Vaccine operations Central Provinces & Berar 1912-1920 - 1912-1920
Year: 1912
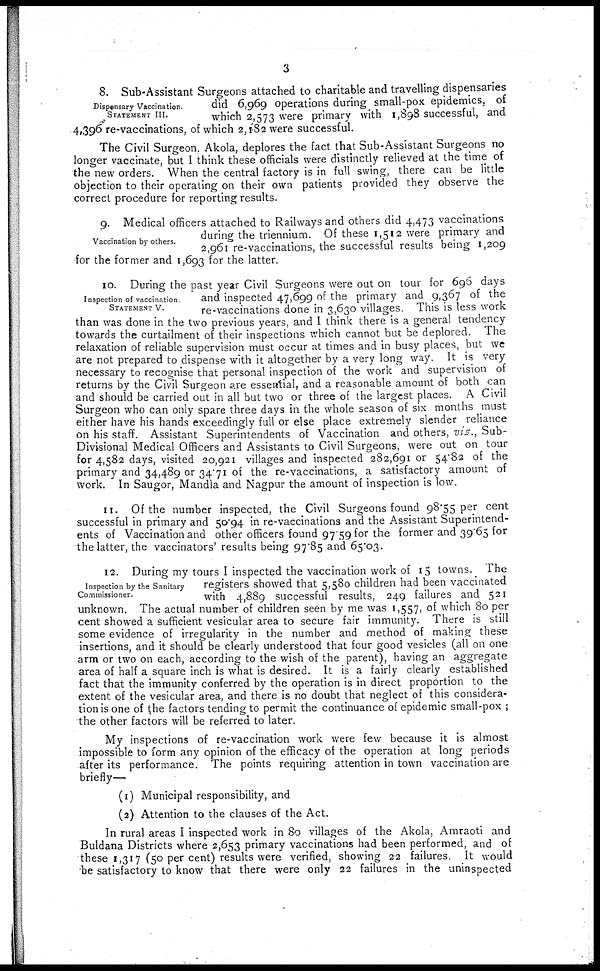
3
Dispensary Vaccination.
STATEMENT III.
8. Sub-Assistant Surgeons attached to charitable and travelling dispensaries
did 6,969 operations during small-pox epidemics, of
which 2,573 were primary with 1,898 successful, and
4,396 re-vaccinations, of which 2,182 were successful.
The Civil Surgeon. Akola, deplores the fact that Sub-Assistant Surgeons no
longer vaccinate, but I think these officials were distinctly relieved at the time of
the new orders. When the central factory is in full swing, there can be little
objection to their operating on their own patients provided they observe the
correct procedure for reporting results.
Vaccination by others.
9. Medical officers attached to Railways and others did 4,473 vaccinations
during the triennium. Of these 1,512 were primary and
2,961 re-vaccinations, the successful results being 1,209
for the former and 1,693 for the latter.
Inspection of vaccination.
STATEMENT V.
10. During the past year Civil Surgeons were out on tour for 696 days
and inspected 47,699 of the primary and 9,367 of the
re-vaccinations done in 3,630 villages. This is less work
than was done in the two previous years, and I think there is a general tendency
towards the curtailment of their inspections which cannot but be deplored. The
relaxation of reliable supervision must occur at times and in busy places, but we
are not prepared to dispense with it altogether by a very long way. It is very
necessary to recognise that personal inspection of the work and supervision of
returns by the Civil Surgeon are essential, and a reasonable amount of both can
and should be carried out in all but two or three of the largest places. A Civil
Surgeon who can only spare three days in the whole season of six months must
either have his hands exceedingly full or else place extremely slender reliance
on his staff. Assistant Superintendents of Vaccination and others, viz., Sub-
Divisional Medical Officers and Assistants to Civil Surgeons, were out on tour
for 4,582 days, visited 20,921 villages and inspected 282,691 or 54.82 of the
primary and 34,489 or 34.71 of the re-vaccinations, a satisfactory amount of
work. In Saugor, Mandla and Nagpur the amount of inspection is low.
11. Of the number inspected, the Civil Surgeons found 98.55 per cent
successful in primary and 50.94 in re-vaccinations and the Assistant Superintend-
ents of Vaccination and other officers found 97.59 for the former and 39.65 for
the latter, the vaccinators' results being 97.85 and 65.03.
Inspection by the Sanitary
Commissioner.
12. During my tours I inspected the vaccination work of 15 towns. The
registers showed that 5,580 children had been vaccinated
with 4,889 successful results, 249 failures and 521
unknown. The actual number of children seen by me was 1,557, of which 80 per
cent showed a sufficient vesicular area to secure fair immunity. There is still
some evidence of irregularity in the number and method of making these
insertions, and it should be clearly understood that four good vesicles (all on one
arm or two on each, according to the wish of the parent), having an aggregate
area of half a square inch is what is desired. It is a fairly clearly established
fact that the immunity conferred by the operation is in direct proportion to the
extent of the vesicular area, and there is no doubt that neglect of this considera-
tion is one of the factors tending to permit the continuance of epidemic small-pox ;
the other factors will be referred to later.
My inspections of re-vaccination work were few because it is almost
impossible to form any opinion of the efficacy of the operation at long periods
after its performance. The points requiring attention in town vaccination are
briefly—
(1) Municipal responsibility, and
(2) Attention to the clauses of the Act.
In rural areas I inspected work in 80 villages of the Akola, Amraoti and
Buldana Districts where 2,653 primary vaccinations had been performed, and of
these 1,317 (50 per cent) results were verified, showing 22 failures. It would
be satisfactory to know that there were only 22 failures in the uninspected